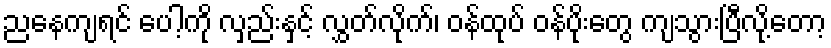
ညနေကျရင် ပေါ့ကို လှည်းနှင့် လွှတ်လိုက်၊ ဝန်ထုပ် ဝန်ပိုးတွေ ကျသွားပြီလို့တော့